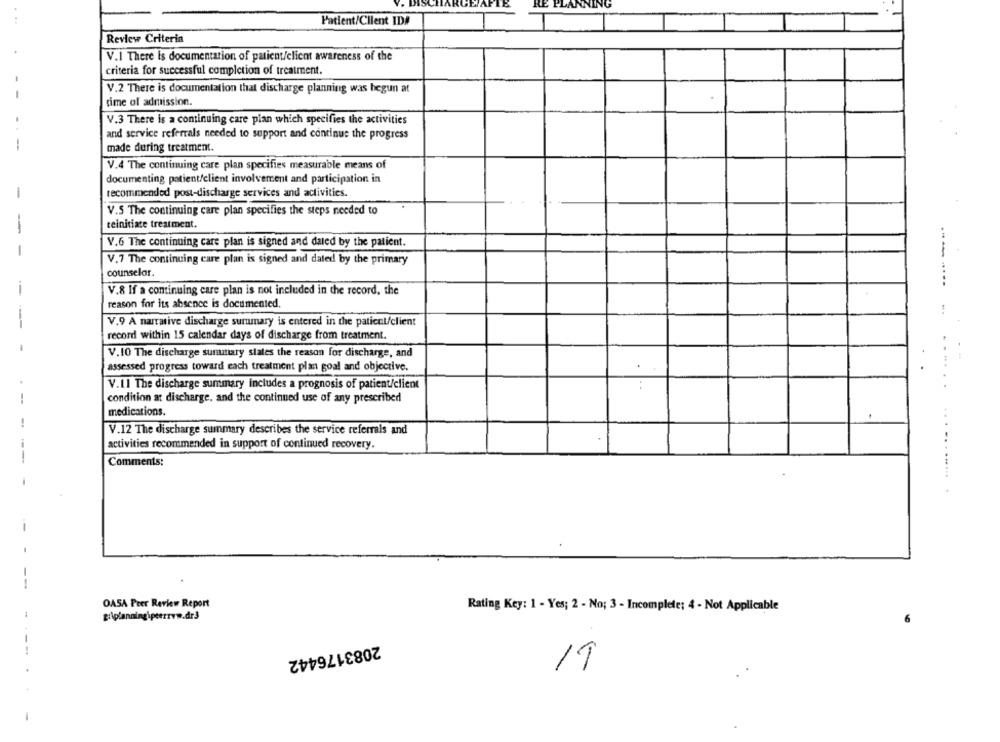
Patient/Client ID#
Review Criteria
V.1 There is documentation of patient/client awareness of the
criteria for successful completion of treatment.
V.2 There is documentation that discharge planning was begun at
time of admission.
V.3 There is a continuing care plan which specifies the activities
and service referrals needed to support and continue the progress
--
made during treatment.
V.4 The continuing care plan specifies measurable means of
documenting patient/client involvement and participation in
recommended post-discharge services and activities.
-
V.S The continuing care plan specifies the steps needed to
teinitiate treatment.
-
V.6 The continuing care plan is signed and daled by the patient.
-
V.7 The continuing care plan is signed and dated by the primary
counselor.
-------
-
V.8 If a continuing care plan is not included in the record, the
reason for its absence is documented.
V.9 A narrative discharge summary is entered in the patient/client
--
record within 15 calendar days of discharge from treatment.
-
V.10 The discharge summary slates the reason for discharge, and
assessed progress toward each treatment plan goal and objective.
V.11 The discharge summary includes a prognosis of patient/client
--
condition at discharge, and the continued use of any prescribed
medications.
!
V.12 The discharge summary describes the service referrals and
activities recommended in support of continued recovery.
Comments:
-
--
OASA Peer Review Report
Rating Key: 1 - Yes; 2 - No; 3 - Incomplete: 4 - Not Applicable
2083176442
-